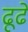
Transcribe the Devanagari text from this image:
ढूढें